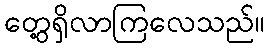
တွေ့ရှိလာကြလေသည်။